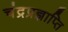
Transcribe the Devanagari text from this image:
चंद्रप्रज्ञाप्ति